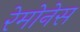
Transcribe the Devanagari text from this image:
रेमोनेस